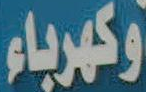
وكهرباء